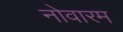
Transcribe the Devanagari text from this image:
नोवारम